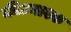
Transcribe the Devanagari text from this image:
कीटनाश्क